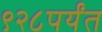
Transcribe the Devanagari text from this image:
९२८पर्यंत